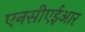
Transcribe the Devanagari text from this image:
एनसीएईआर